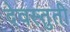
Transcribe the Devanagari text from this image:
देवस्तुती